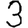
Digit: 3